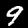
Digit: 9